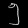
Digit: ၅